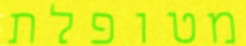
מטופלת